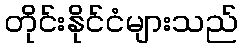
တိုင်းနိုင်ငံများသည်